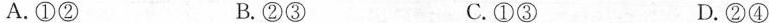
A.①② B.②③ C.①③ D.②④